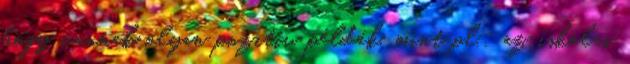
hogy vannak olyan pozitív példák, mint pl.: az iskolai